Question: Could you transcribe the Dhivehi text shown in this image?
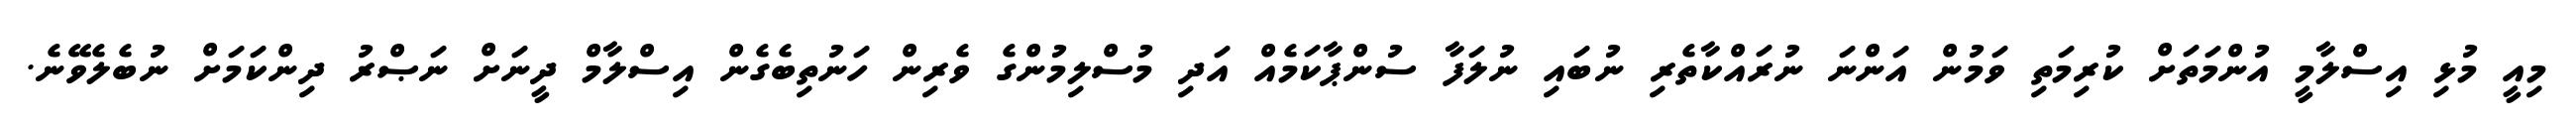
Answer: މިއީ މުޅި އިސްލާމީ އުންމަތަށް ކުރިމަތި ވަމުން އަންނަ ނުރައްކާތެރި ނުބައި ނުލަފާ ސުންޕާކަމެއް އަދި މުސްލިމުންގެ ވެރިން ހަނުތިބެގެން އިސްލާމް ދީނަށް ނަޞްރު ދިންކަމަށް ނުބެލެވޭނެ.